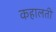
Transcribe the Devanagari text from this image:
कहालती